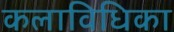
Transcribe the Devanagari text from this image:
कलाविधिका